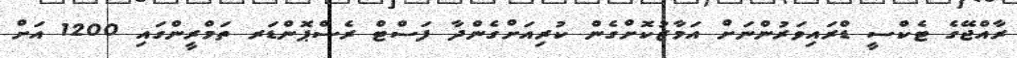
ރާއްޖޭގެ ޓެކްސީ ޑްރައިވަރުންނަށް އަމާޒުކޮށްގެން ކުރިއަށްގެންދާ ފަސްޓް ރެސްޕޮންޑަރ ތަމްރީންގައި 1200 އަށް